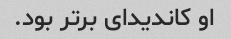
او کاندیدای برتر بود.